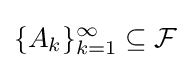
\{A_{k}\}_{k=1}^{\infty }\subseteq {\mathcal {F}}